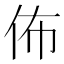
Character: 佈